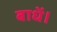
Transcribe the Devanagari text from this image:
बाधें।